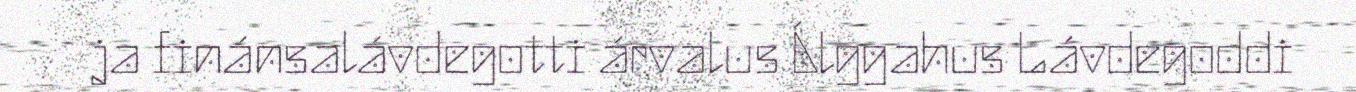
ja finánsalávdegotti árvalus Álggahus Lávdegoddi